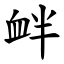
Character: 衅